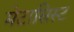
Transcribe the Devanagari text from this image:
मेटासिस्ट